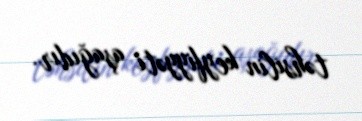
təhsilin keyfiyyəti aşağıdır.